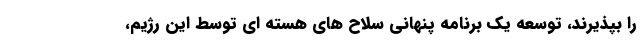
را بپذیرند، توسعه یک برنامه پنهانی سلاح های هسته ای توسط این رژیم،